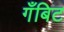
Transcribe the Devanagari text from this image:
गँबिट